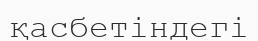
қасбетіндегі